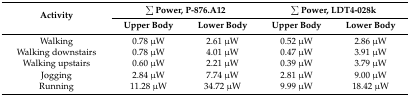
| <ROWSPAN=2> Activity | <COLSPAN=2> ∑ Power, P-876.A12 | <COLSPAN=2> ∑ Power, LDT4-028k |
 | Upper Body | Lower Body | Upper Body | Lower Body |
 | --- | --- | --- | --- | --- |
 | Walking | 0.78 μW | 2.61 μW | 0.52 μW | 2.86 μW |
 | Walking downstairs | 0.78 μW | 4.01 μW | 0.47 μW | 3.91 μW |
 | Walking upstairs | 0.60 μW | 2.21 μW | 0.39 μW | 3.79 μW |
 | Jogging | 2.84 μW | 7.74 μW | 2.81 μW | 9.00 μW |
 | Running | 11.28 μW | 34.72 μW | 9.99 μW | 18.42 μW |